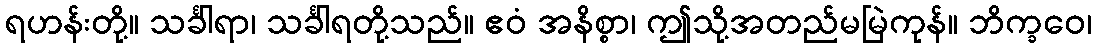
ရဟန်းတို့။ သင်္ခါရာ၊ သင်္ခါရတို့သည်။ ဧဝံ အနိစ္စာ၊ ဤသို့အတည်မမြဲကုန်။ ဘိက္ခဝေ၊